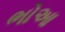
ભોઆ